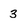
Character: 3